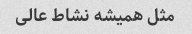
مثل همیشه نشاط عالی